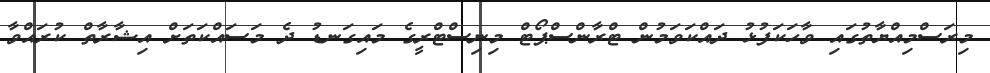
މިރަސްމިއްޔާތުގައި ވާހަކަފުޅު ދައްކަވަމުން ޓްރާންސްޕޯޓް މިނިސްޓްރީގެ މައިގަނޑު ދެ މަސައްކަތަށް އިޝާރާތް ކުރައްވާ